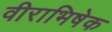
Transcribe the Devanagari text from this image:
वीराभिषेक